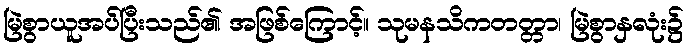
မြဲစွာယူအပ်ပြီးသည်၏ အဖြစ်ကြောင့်။ သုမနသိကတတ္တာ၊ မြဲစွာနှလုံး၌